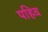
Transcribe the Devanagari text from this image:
पहिव